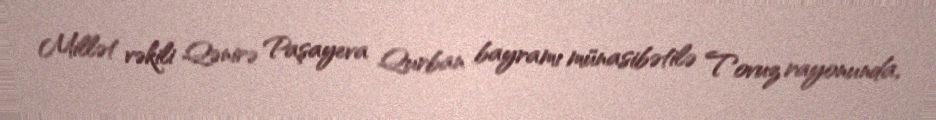
Millət vəkili Qənirə Paşayeva Qurban bayramı münasibətilə Tovuz rayonunda,